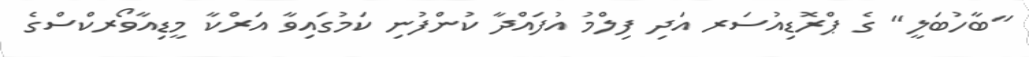
"ބާހުބަލީ" ގެ ޕްރޮޑިއުސަރ އަދި ފިލްމު އުފައްދާ ކުންފުނި ކަމުގައިވާ އަރްކާ މީޑިއާވޯރކްސްގެ